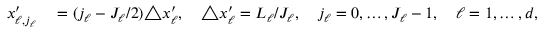
\begin{array} { r l } { x _ { \ell , j _ { \ell } } ^ { \prime } } & { { } = ( j _ { \ell } - J _ { \ell } / 2 ) \triangle x _ { \ell } ^ { \prime } , \quad \triangle x _ { \ell } ^ { \prime } = L _ { \ell } / J _ { \ell } , \quad j _ { \ell } = 0 , \dots , J _ { \ell } - 1 , \quad \ell = 1 , \dots , d , } \end{array}